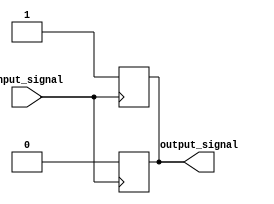
module push_pull_buffer (
    input wire input_signal,
    output reg output_signal
);

// P-type transistors pull the output signal high
always @ (posedge input_signal)
    output_signal <= 1;

// N-type transistors pull the output signal low
always @ (negedge input_signal)
    output_signal <= 0;

endmodule